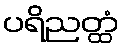
ပရိညတ္ထံ